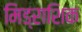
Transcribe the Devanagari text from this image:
मिड्राशिक